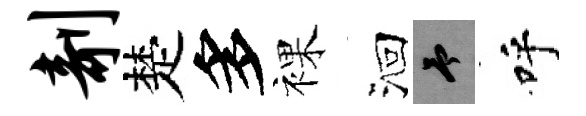
剞楚多裸洄予呼